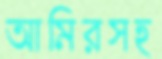
আমিরসহ